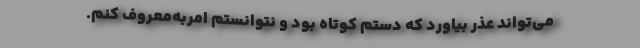
می‌تواند عذر بیاورد که دستم کوتاه بود و نتوانستم امربه‌معروف کنم.